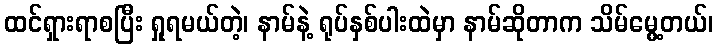
ထင်ရှားရာစပြီး ရှုရမယ်တဲ့၊ နာမ်နဲ့ ရုပ်နှစ်ပါးထဲမှာ နာမ်ဆိုတာက သိမ်မွေ့တယ်၊